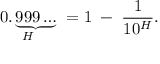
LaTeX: { \underset { H } { 0 . \underbrace { 9 9 9 \ldots } } } \; = 1 \; - \; { \frac { 1 } { 1 0 ^ { H } } } .